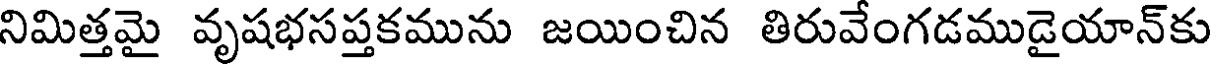
నిమిత్తమై వృషభసప్తకమును జయించిన తిరువేంగడముడైయాన్కు